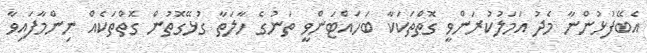
އެބޭފުޅުންނާ މެދު އަމަލުކުރަންވީ ގޮތްތަކަކާ ބަަހައްޓަންވީ ތަނުގެ ހާލަތާ ގުޅޭގޮތުން ގޮތްތަކެއް ނިންމާފައިވާ